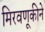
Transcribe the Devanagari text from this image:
मिरवणूकीने